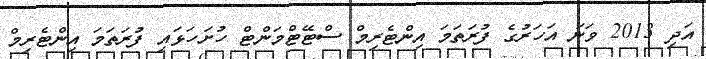
އަދި 2013 ވަނަ އަހަރުގެ ފުރަތަމަ އިންޓެރިމް ސްޓޭޓްމަންޓް ހުށަހަޅައި ފުރަތަމަ އިންޓެރިމް